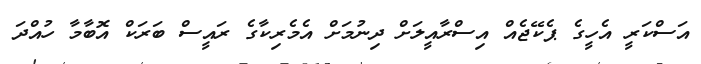
އަސްކަރީ އެހީގެ ޕެކޭޖެއް އިސްރާއީލަށް ދިނުމަށް އެމެރިކާގެ ރައީސް ބަރަކް އޮބާމާ ހުއްދަ